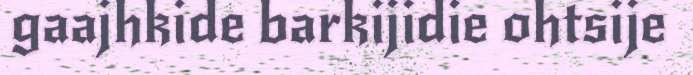
gaajhkide barkijidie ohtsije